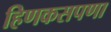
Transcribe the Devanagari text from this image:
हिणकसपणा